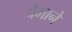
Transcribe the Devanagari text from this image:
पैेमाने